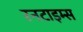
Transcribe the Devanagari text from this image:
रनटाइम्स